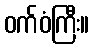
ဝက်ဝံကြီး။